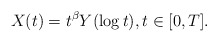
\begin{align*}X(t)=t^{\beta}Y(\log t),t \in [0,T].\end{align*}